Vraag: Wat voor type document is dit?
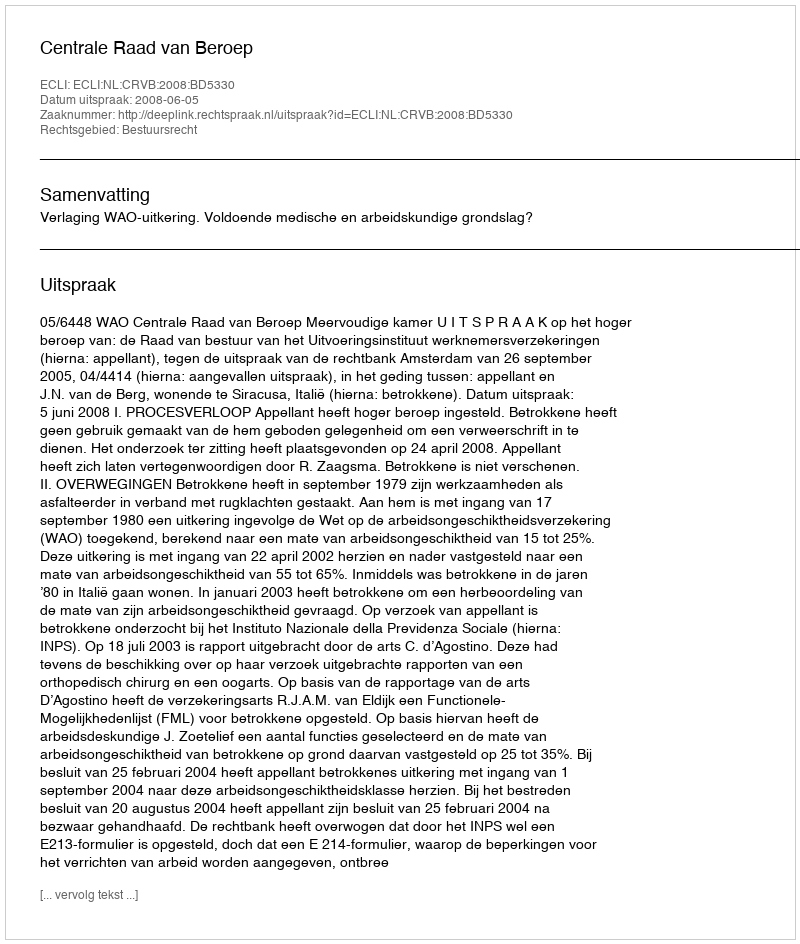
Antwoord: Uitspraak